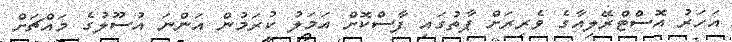
އަހަރު އޮސްޓްރޭލިއާގެ ވެރިރަށް ޕާތުގައި ފާސްކޮށް އަމަލު ކުރަމުން އަންނަ އުސޫލުގެ މައްޗަށް